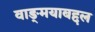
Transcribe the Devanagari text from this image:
वाङ्‌मयाबद्दल